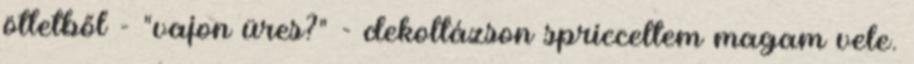
ötletből - "vajon üres?" - dekoltázson spricceltem magam vele.